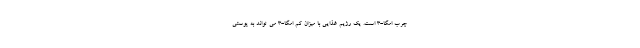
چرب امگا-3 است. یک رژیم غذایی با میزان کم امگا-3 می تواند به پوستی